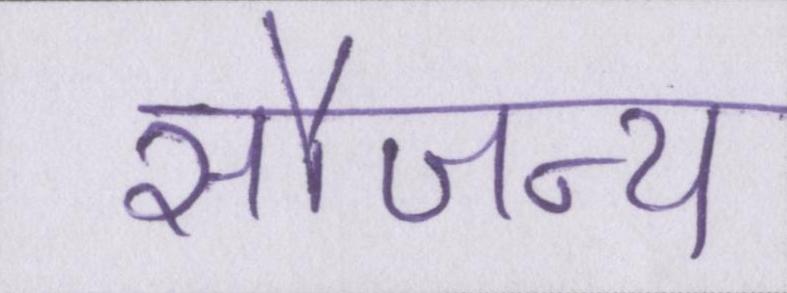
सौजन्य